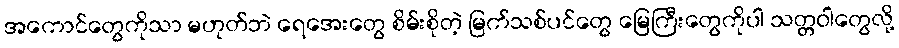
အကောင်တွေကိုသာ မဟုတ်ဘဲ ရေအေးတွေ စိမ်းစိုတဲ့ မြက်သစ်ပင်တွေ မြေကြီးတွေကိုပါ သတ္တဝါတွေလို့